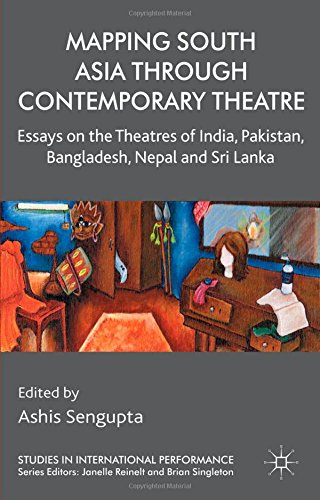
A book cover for Mapping South Asia through Contemporary Theatre: Essays on the Theatres of India, Pakistan, Bangladesh, Nepal and Sri Lanka (Studies in International Performance); Travel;